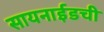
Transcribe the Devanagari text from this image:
सायनाईडची